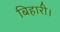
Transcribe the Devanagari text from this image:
बिहारी।